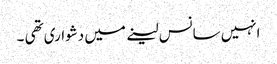
انہیں سانس لینے میں دشواری تھی ۔